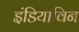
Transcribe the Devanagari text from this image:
इंडियाविन